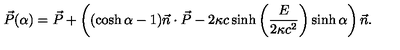
\vec { P } ( \alpha ) = \vec { P } + \left( ( \cosh \alpha - 1 ) \vec { n } \cdot \vec { P } - 2 \kappa c \sinh \left( \frac { E } { 2 \kappa c ^ { 2 } } \right) \sinh \alpha \right) \vec { n } .